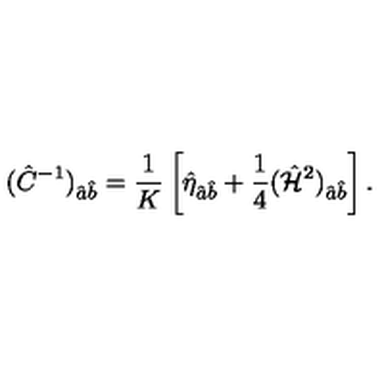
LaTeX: ( \hat { C } ^ { - 1 } ) _ { \hat { a } \hat { b } } = { \frac { 1 } { K } } \left[ \hat { \eta } _ { \hat { a } \hat { b } } + { \frac { 1 } { 4 } } ( \hat { { \cal H } } ^ { 2 } ) _ { \hat { a } \hat { b } } \right] .